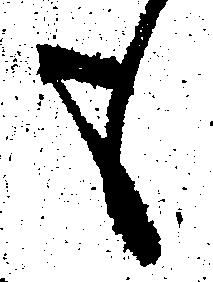
も